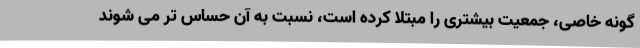
گونه خاصی، جمعیت بیشتری را مبتلا کرده است، نسبت به آن حساس تر می شوند